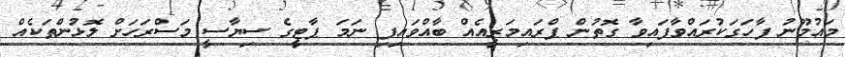
މައުމޫނު ފާހަގަކުރައްވާފައިވާ ގޮތުން ޕްރައިމަރީއެއް ބާއްވައިފި ނަމަ ޕާޓީގެ ސިޔާސީ މަސްރަހަށް ލޮޅުންތަކެއް